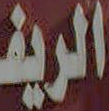
الريف